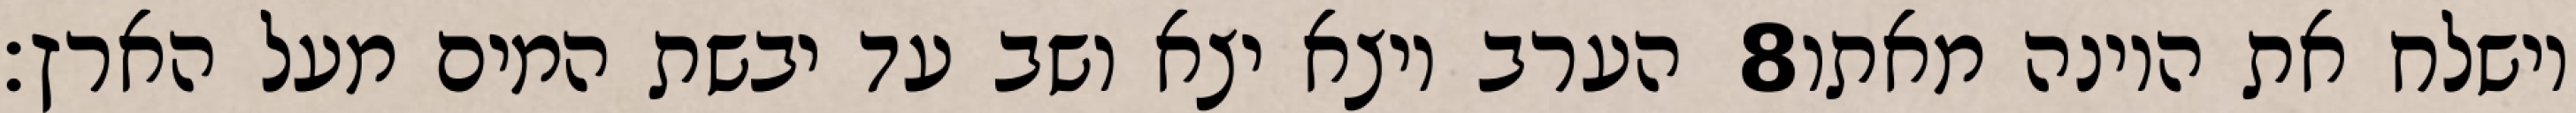
הערב ויצא יצא ושב עד יבשת המים מעל הארץ׃ ‎8‏ וישלח את היונה מאתו